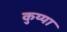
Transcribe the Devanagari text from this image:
कुय्या